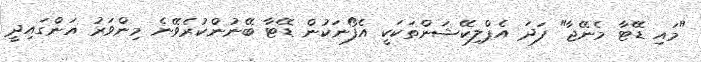
"މައި ޑޭޓާ މެނޭޖާ" ފަދަ އެޕްލިކޭޝަންތަކަކީ އެފޯނަކުން ޑޭޓާ ބޭނުންކުރެވޭނެ މިންވަރު އަންގައިދީ